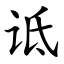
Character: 诋